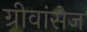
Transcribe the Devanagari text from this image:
ग्रीवांसेज